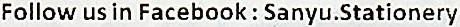
FOLLOW US IN FACEBOOK : SANYU.STATIONERY